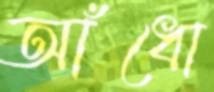
আঁধো